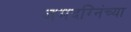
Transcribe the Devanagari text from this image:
जमदग्निंच्या